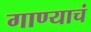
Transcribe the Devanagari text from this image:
गाण्याचं